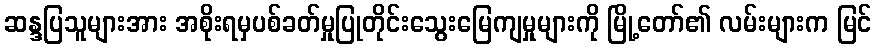
ဆန္ဒပြသူများအား အစိုးရမှပစ်ခတ်မှုပြုတိုင်းသွေးမြေကျမှုများကို မြို့တော်၏ လမ်းများက မြင်